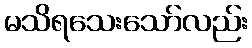
မသိရသေးသော်လည်း